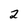
Character: 2